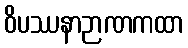
ဝိပဿနာဉာဏကထာ